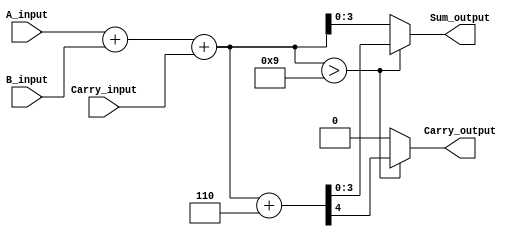
module bcd_adder (A_input, B_input, Carry_input, Sum_output, Carry_output);

input [3:0] A_input, B_input;
input Carry_input;
output reg [3:0] Sum_output;
output reg Carry_output;

reg [4:0] sum_temp;

always @(A_input or B_input or Carry_input) begin

    sum_temp = A_input + B_input + Carry_input;
    if (sum_temp > 9) begin
        sum_temp = sum_temp + 6;
        Sum_output = sum_temp[3:0];
        Carry_output = sum_temp[4];
    end

    else begin

        Sum_output = sum_temp[3:0];
        Carry_output = 0;

    end

end

endmodule